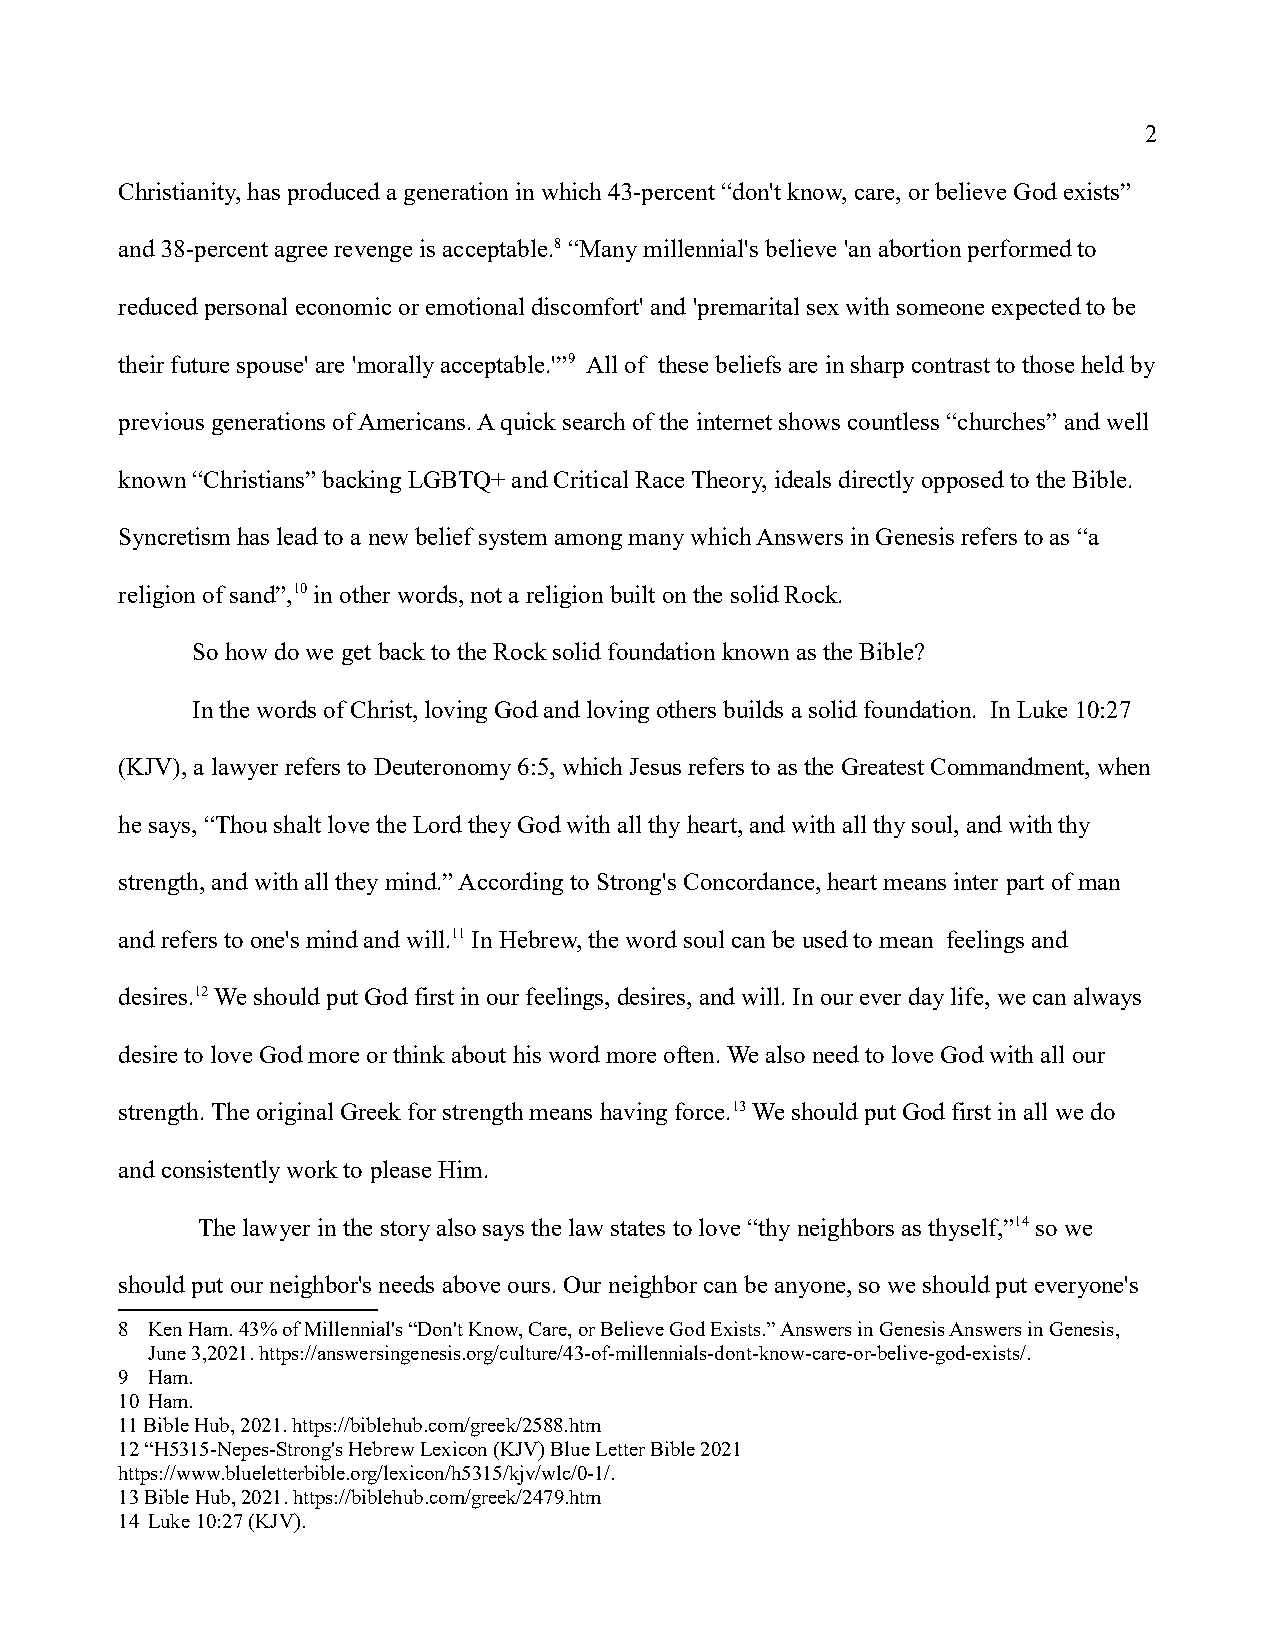
2
 Christianity, has produced a generation in which 43-percent “don't know, care, or believe God exists”
 and 38-percent agree revenge is acceptable.8 “Many millennial's believe 'an abortion performed to
 reduced personal economic or emotional discomfort' and 'premarital sex with someone expected to be
 their future spouse' are 'morally acceptable.'”9 All of these beliefs are in sharp contrast to those held by
 previous generations of Americans. A quick search of the internet shows countless “churches” and well
 known “Christians” backing LGBTQ+ and Critical Race Theory, ideals directly opposed to the Bible.
 Syncretism has lead to a new belief system among many which Answers in Genesis refers to as “a
 religion of sand”,10 in other words, not a religion built on the solid Rock.
 So how do we get back to the Rock solid foundation known as the Bible?
 In the words of Christ, loving God and loving others builds a solid foundation. In Luke 10:27
 (KJV), a lawyer refers to Deuteronomy 6:5, which Jesus refers to as the Greatest Commandment, when
 he says, “Thou shalt love the Lord they God with all thy heart, and with all thy soul, and with thy
 strength, and with all they mind.” According to Strong's Concordance, heart means inter part of man
 and refers to one's mind and will.11 In Hebrew, the word soul can be used to mean feelings and
 desires.12 We should put God first in our feelings, desires, and will. In our ever day life, we can always
 desire to love God more or think about his word more often. We also need to love God with all our
 strength. The original Greek for strength means having force.13 We should put God first in all we do
 and consistently work to please Him.
 The lawyer in the story also says the law states to love “thy neighbors as thyself,”14 so we
 should put our neighbor's needs above ours. Our neighbor can be anyone, so we should put everyone's
 8 Ken Ham. 43% of Millennial's “Don't Know, Care, or Believe God Exists.” Answers in Genesis Answers in Genesis,
 June 3,2021. https://answersingenesis.org/culture/43-of-millennials-dont-know-care-or-belive-god-exists/.
 9 Ham.
 10 Ham.
 11 Bible Hub, 2021. https://biblehub.com/greek/2588.htm
 12 “H5315-Nepes-Strong's Hebrew Lexicon (KJV) Blue Letter Bible 2021
 https://www.blueletterbible.org/lexicon/h5315/kjv/wlc/0-1/.
 13 Bible Hub, 2021. https://biblehub.com/greek/2479.htm
 14 Luke 10:27 (KJV).